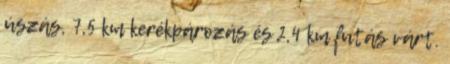
úszás, 7,5 km kerékpározás és 2,4 km futás várt.